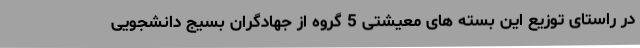
در راستای توزیع این بسته های معیشتی 5 گروه از جهادگران بسیج دانشجویی